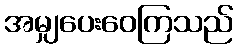
အမျှပေးဝေကြသည်